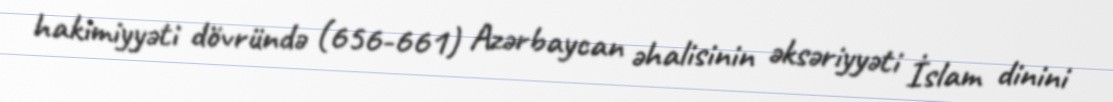
hakimiyyəti dövründə (656-661) Azərbaycan əhalisinin əksəriyyəti İslam dinini